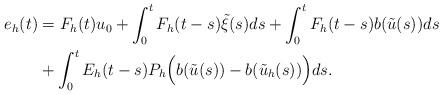
LaTeX: \begin{align*}e_h(t)&=F_h(t)u_0+\int_0^t F_h(t-s)\tilde \xi(s)ds+\int_0^t F_h(t-s)b( \tilde u (s))ds \\&+\int_0^t E_h(t-s)P_h \Big( b( \tilde u (s))-b( \tilde u _h(s))\Big)ds.\end{align*}